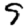
Digit: 5